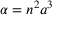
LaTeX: \alpha = n ^ { 2 } a ^ { 3 }